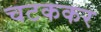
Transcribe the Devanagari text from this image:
चटककर